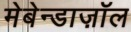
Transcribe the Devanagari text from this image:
मेबेन्डाज़ॉल